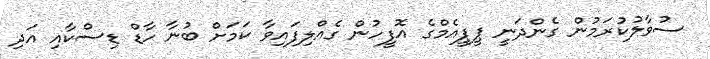
ސުވާލުކުރަމުން ގެންދަނީ ޕީޕީއެމްގެ އޮފީހުން ގެއްލިފައިވާ ކަމަށް ބުނާ ހާޑް ޑިސްކާއި އަދި